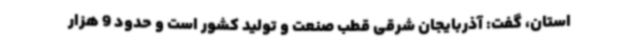
استان، گفت: آذربایجان شرقی قطب صنعت و تولید کشور است و حدود 9 هزار